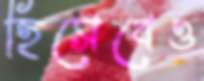
হিসেবেও